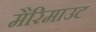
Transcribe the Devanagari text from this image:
मैरिमाउट